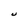
Character: U